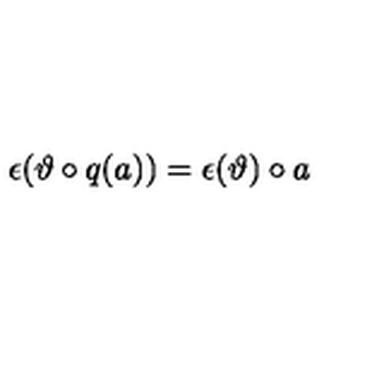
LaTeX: \epsilon ( \vartheta \circ q ( a ) ) = \epsilon ( \vartheta ) \circ a